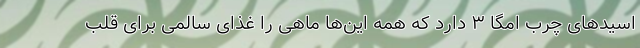
اسید‌های چرب امگا ۳ دارد که همه این‌ها ماهی را غذای سالمی برای قلب